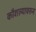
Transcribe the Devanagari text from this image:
कौशल्यावरुन